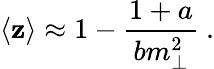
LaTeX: \langle\mathbf{z}\rangle\approx1-\frac{{1+a}}{{bm_{\perp}^{2}}}~.